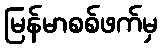
မြန်မာစစ်ဖက်မှ